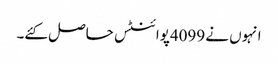
انہوں نے 4099پوائنٹس حاصل کئے۔